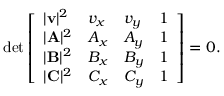
\operatorname* { d e t } { \left[ \begin{array} { l l l l } { | \mathbf { v } | ^ { 2 } } & { v _ { x } } & { v _ { y } } & { 1 } \\ { | \mathbf { A } | ^ { 2 } } & { A _ { x } } & { A _ { y } } & { 1 } \\ { | \mathbf { B } | ^ { 2 } } & { B _ { x } } & { B _ { y } } & { 1 } \\ { | \mathbf { C } | ^ { 2 } } & { C _ { x } } & { C _ { y } } & { 1 } \end{array} \right] } = 0 .